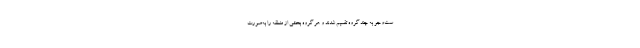
ست‌وجو به چند گروه تقسیم شدند و هر گروه بخشی از منطقه را به‌صورت